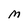
Character: M